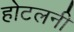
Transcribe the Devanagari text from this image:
होटलनी